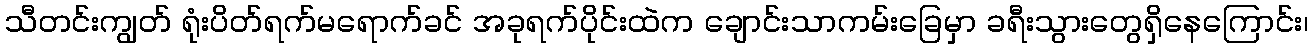
သီတင်းကျွတ် ရုံးပိတ်ရက်မရောက်ခင် အခုရက်ပိုင်းထဲက ချောင်းသာကမ်းခြေမှာ ခရီးသွားတွေရှိနေကြောင်း၊